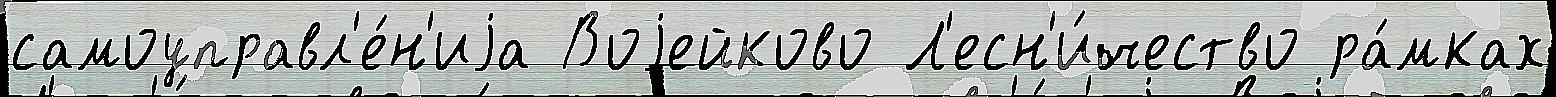
самоуправл'е́н'иjа Воjейково Л'есн'и́чество ра́мках